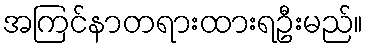
အကြင်နာတရားထားရဦးမည်။